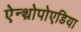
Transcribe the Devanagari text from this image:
ऐन्थ्रोपोएडिया